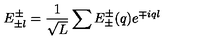
E _ { \pm l } ^ { \pm } = \frac { 1 } { \sqrt { L } } \sum E _ { \pm } ^ { \pm } ( q ) e ^ { \mp i q l }